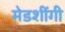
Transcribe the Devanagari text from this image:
मेडशींगी